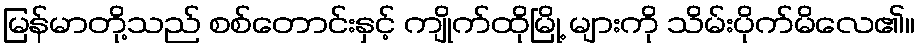
မြန်မာတို့သည် စစ်တောင်းနှင့် ကျိုက်ထိုမြို့ များကို သိမ်းပိုက်မိလေ၏။